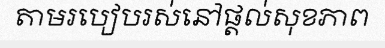
តាមរបៀបរស់នៅផ្តល់សុខភាព